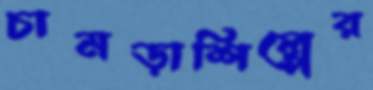
চামড়াশিল্পের